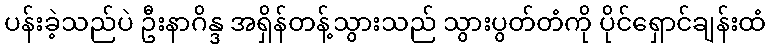
ပန်းခဲ့သည်ပဲ ဦးနာဂိန္ဒ အရှိန်တန့်သွားသည် သွားပွတ်တံကို ပိုင်ရှောင်ချန်းထံ